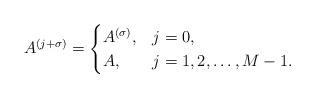
LaTeX: \begin{align*}A^{(j + \sigma)}= \begin{cases}A^{(\sigma)},& j = 0,\\A,& j = 1,2,\ldots,M - 1.\end{cases}\end{align*}